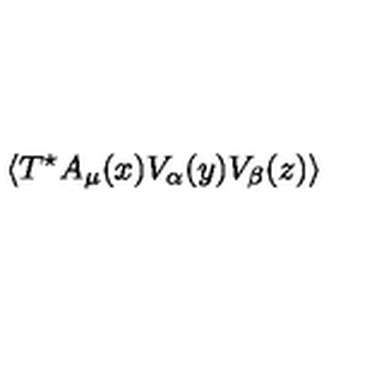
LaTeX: \langle T ^ { \star } A _ { \mu } ( x ) V _ { \alpha } ( y ) V _ { \beta } ( z ) \rangle